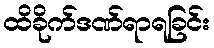
ထိခိုက်ဒဏ်ရာရခြင်း